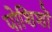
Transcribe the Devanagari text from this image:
पोशिशों